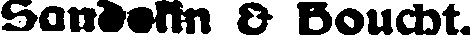
Sandelin & Boucht.